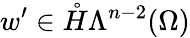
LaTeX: w^{\prime}\in\mathring{H}\Lambda^{n-2}(\Omega)